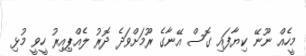
މީހެއް ނޫނޭ ކިޔާފައި ގޮސް އޭނާގެ ރޫމަށްވަދެ ދޮރު ލެއްޕިއިރު ހީވީ މުޅި